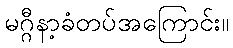
မဂ္ဂီနာ့ခံတပ်အကြောင်း။